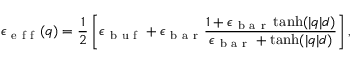
\epsilon _ { \mathrm { ~ e ~ f ~ f ~ } } ( q ) = \frac { 1 } { 2 } \left[ \epsilon _ { \mathrm { ~ b ~ u ~ f ~ } } + \epsilon _ { \mathrm { ~ b ~ a ~ r ~ } } \frac { 1 + \epsilon _ { \mathrm { ~ b ~ a ~ r ~ } } \operatorname { t a n h } ( | q | d ) } { \epsilon _ { \mathrm { ~ b ~ a ~ r ~ } } + \operatorname { t a n h } ( | q | d ) } \right] ,